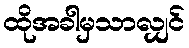
ထိုအခါမှသာလျှင်